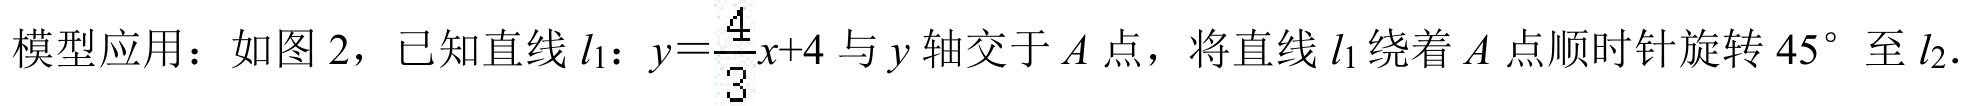
模型应用：如图 2，已知直线 \(l_{1}:y = \frac{4}{3}x + 4\) 与 \(y\) 轴交于 \(A\) 点，将直线 \(l_{1}\) 绕着 \(A\) 点顺时针旋转 \(45^{\circ}\) 至 \(l_{2}\)．